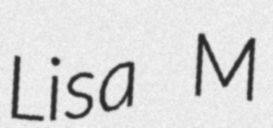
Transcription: Lisa M